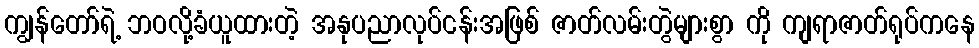
ကျွန်တော်ရဲ့ ဘဝလို့ခံယူထားတဲ့ အနုပညာလုပ်ငန်းအဖြစ် ဇာတ်လမ်းတွဲများစွာ ကို ကျရာဇာတ်ရုပ်ကနေ